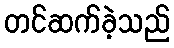
တင်ဆက်ခဲ့သည်